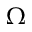
{ \boldsymbol \Omega }